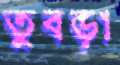
তুবড়া